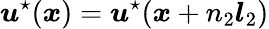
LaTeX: \boldsymbol{u}^{\star}(\boldsymbol{x})=\boldsymbol{u}^{\star}(\boldsymbol{x}+n_{2}\boldsymbol{l}_{2})